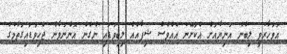
އަވަހާރަވީ ލިބުނު އަނިޔާއަށް އެކަށޭނަ އެއްވެސް ޝިފާއެއް ލިބިވަޑައި ނުގެން އޮންނަވާން ޖެހިވަޑައިގަތުމުގެ